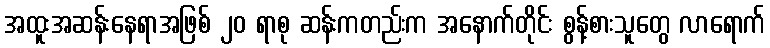
အထူးအဆန်းနေရာအဖြစ် ၂၀ ရာစု ဆန်းကတည်းက အနောက်တိုင်း စွန့်စားသူတွေ လာရောက်